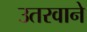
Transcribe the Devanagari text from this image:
उतरवाने